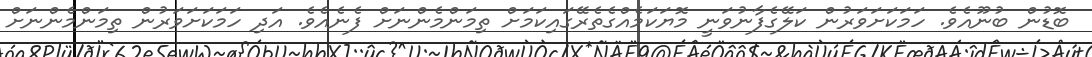
ބޮޑުން ބުނޫއެވެ. ހަމަކަށަވަރުން ކަލޭގެފާނުވަނީ މޮޔަކަމެއްގެތެރޭގައިކަމަށް ތިމަންމެންނަށް ފެނެއެވެ. އަދި ހަމަކަށަވަރުން ތިމަންމެންނަށް